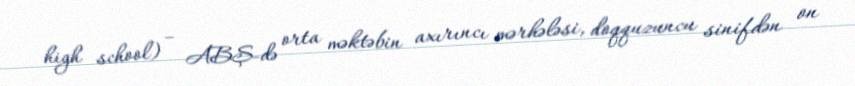
high school) – ABŞ-də orta məktəbin axırıncı mərhələsi, doqquzuncu sinifdən on